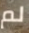
لم